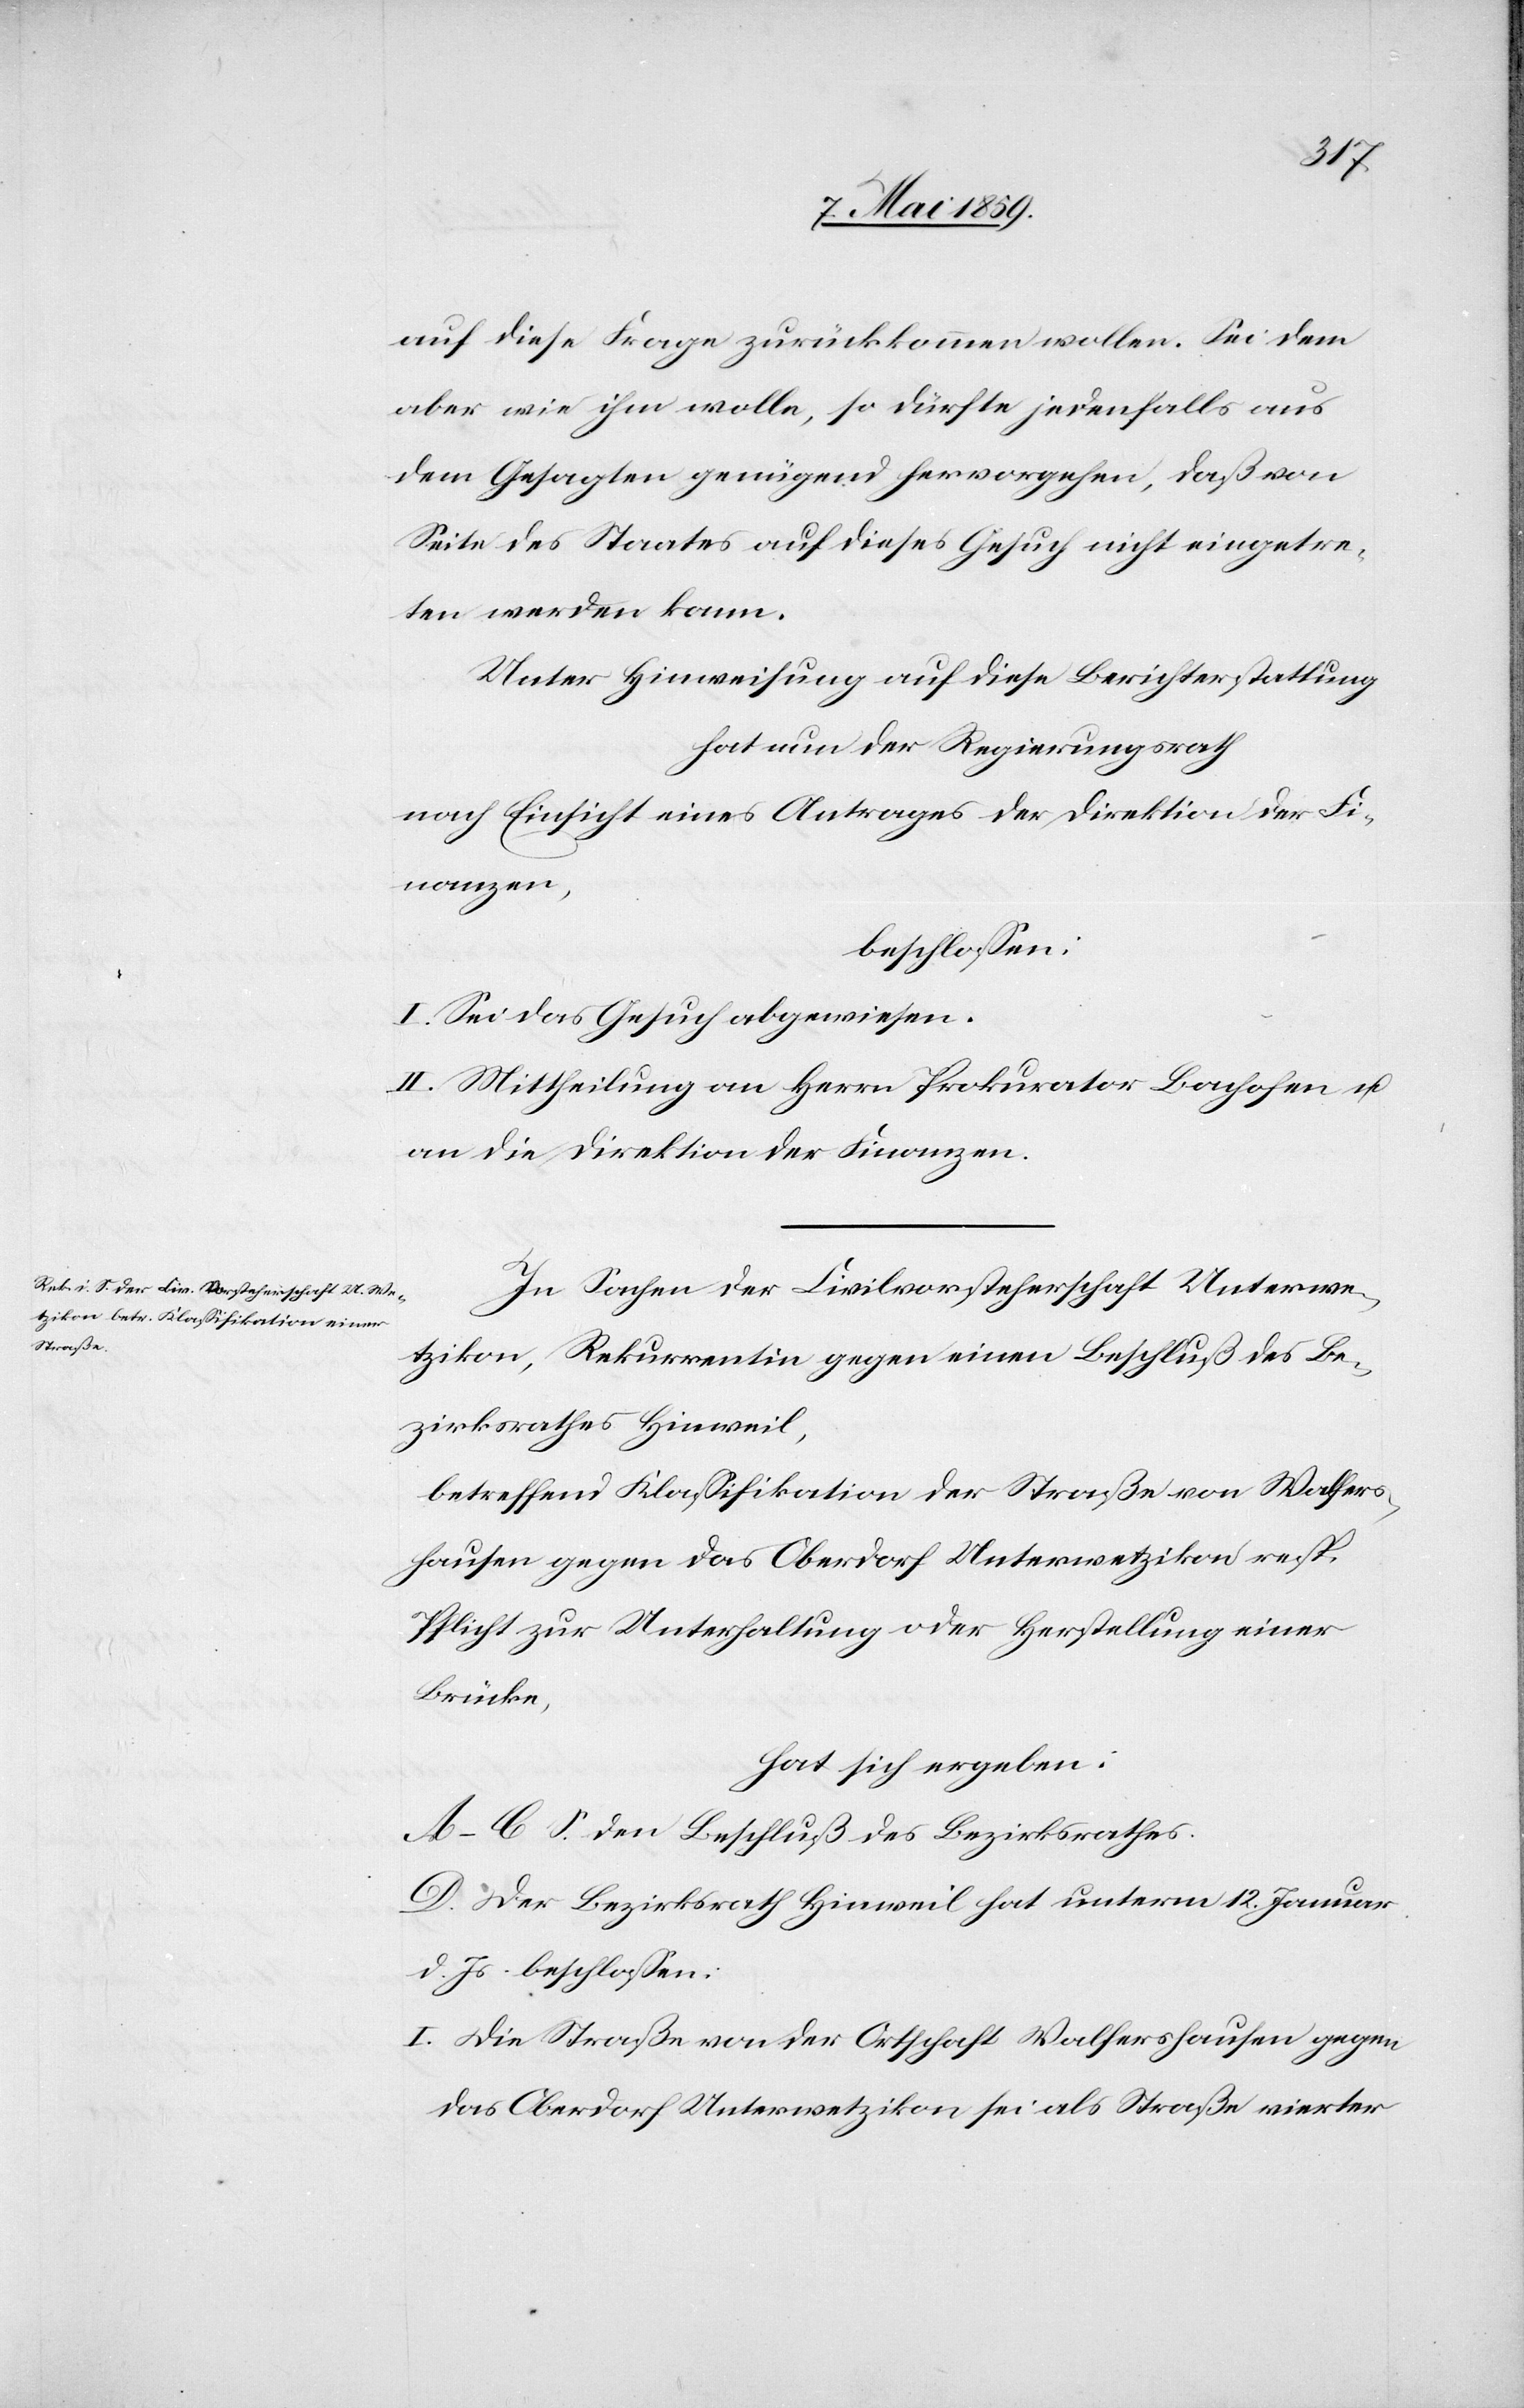
auf diese Frage zurückkommen wollen. Sei dem
aber wie ihm wolle, so dürfte jedenfalls aus
dem Gesagten genügend hervorgehen, daß von
Seite des Staates auf dieses Gesuch nicht eingetre¬
ten werden kann.
Unter Hinweisung auf diese Berichterstattung
hat nun der Regierungsrath
nach Einsicht eines Antrages der Direktion der Fi¬
nanzen,
beschloßen:
I. Sei das Gesuch abgewiesen.
II. Mittheilung an Herrn Prokurator Bachofen u.
an die Direktion der Finanzen.
In Sachen der Civilvorsteherschaft Unterwe¬
tzikon, Rekurrentin gegen einen Beschluß des Be¬
zirksrathes Hinweil,
betreffend Klaßifikation der Straße von Walfers¬
hausen gegen das Oberdorf Unterwetzikon resp.
Pflicht zur Unterhaltung oder Herstellung einer
Brücke,
hat sich ergeben:
A‒C. S. den Beschluß des Bezirksrathes.
D. Der Bezirksrath Hinweil hat unterm 12. Januar
d. Js. beschloßen:
I. Die Straße von der Ortschaft Walfershausen gegen
das Oberdorf Unterwetzikon sei als Straße vierter